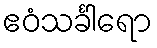
ဧဝံသင်္ခါရော